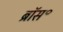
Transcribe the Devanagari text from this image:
ब्रॉस॰